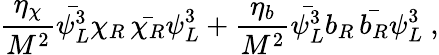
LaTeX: \frac{\eta_{\chi}}{M^{2}}\bar{\psi_{L}^{3}}\chi_{R}\, \bar{\chi_{R}}\psi_{L}^{3}+\frac{\eta_{b}}{M^{2}}\bar{\psi_{L}^{3}}b_{R}\, \bar{b_{R}}\psi_{L}^{3}~,